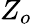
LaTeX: Z_{o}